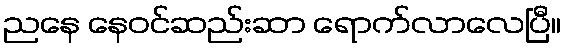
ညနေ နေဝင်ဆည်းဆာ ရောက်လာလေပြီ။